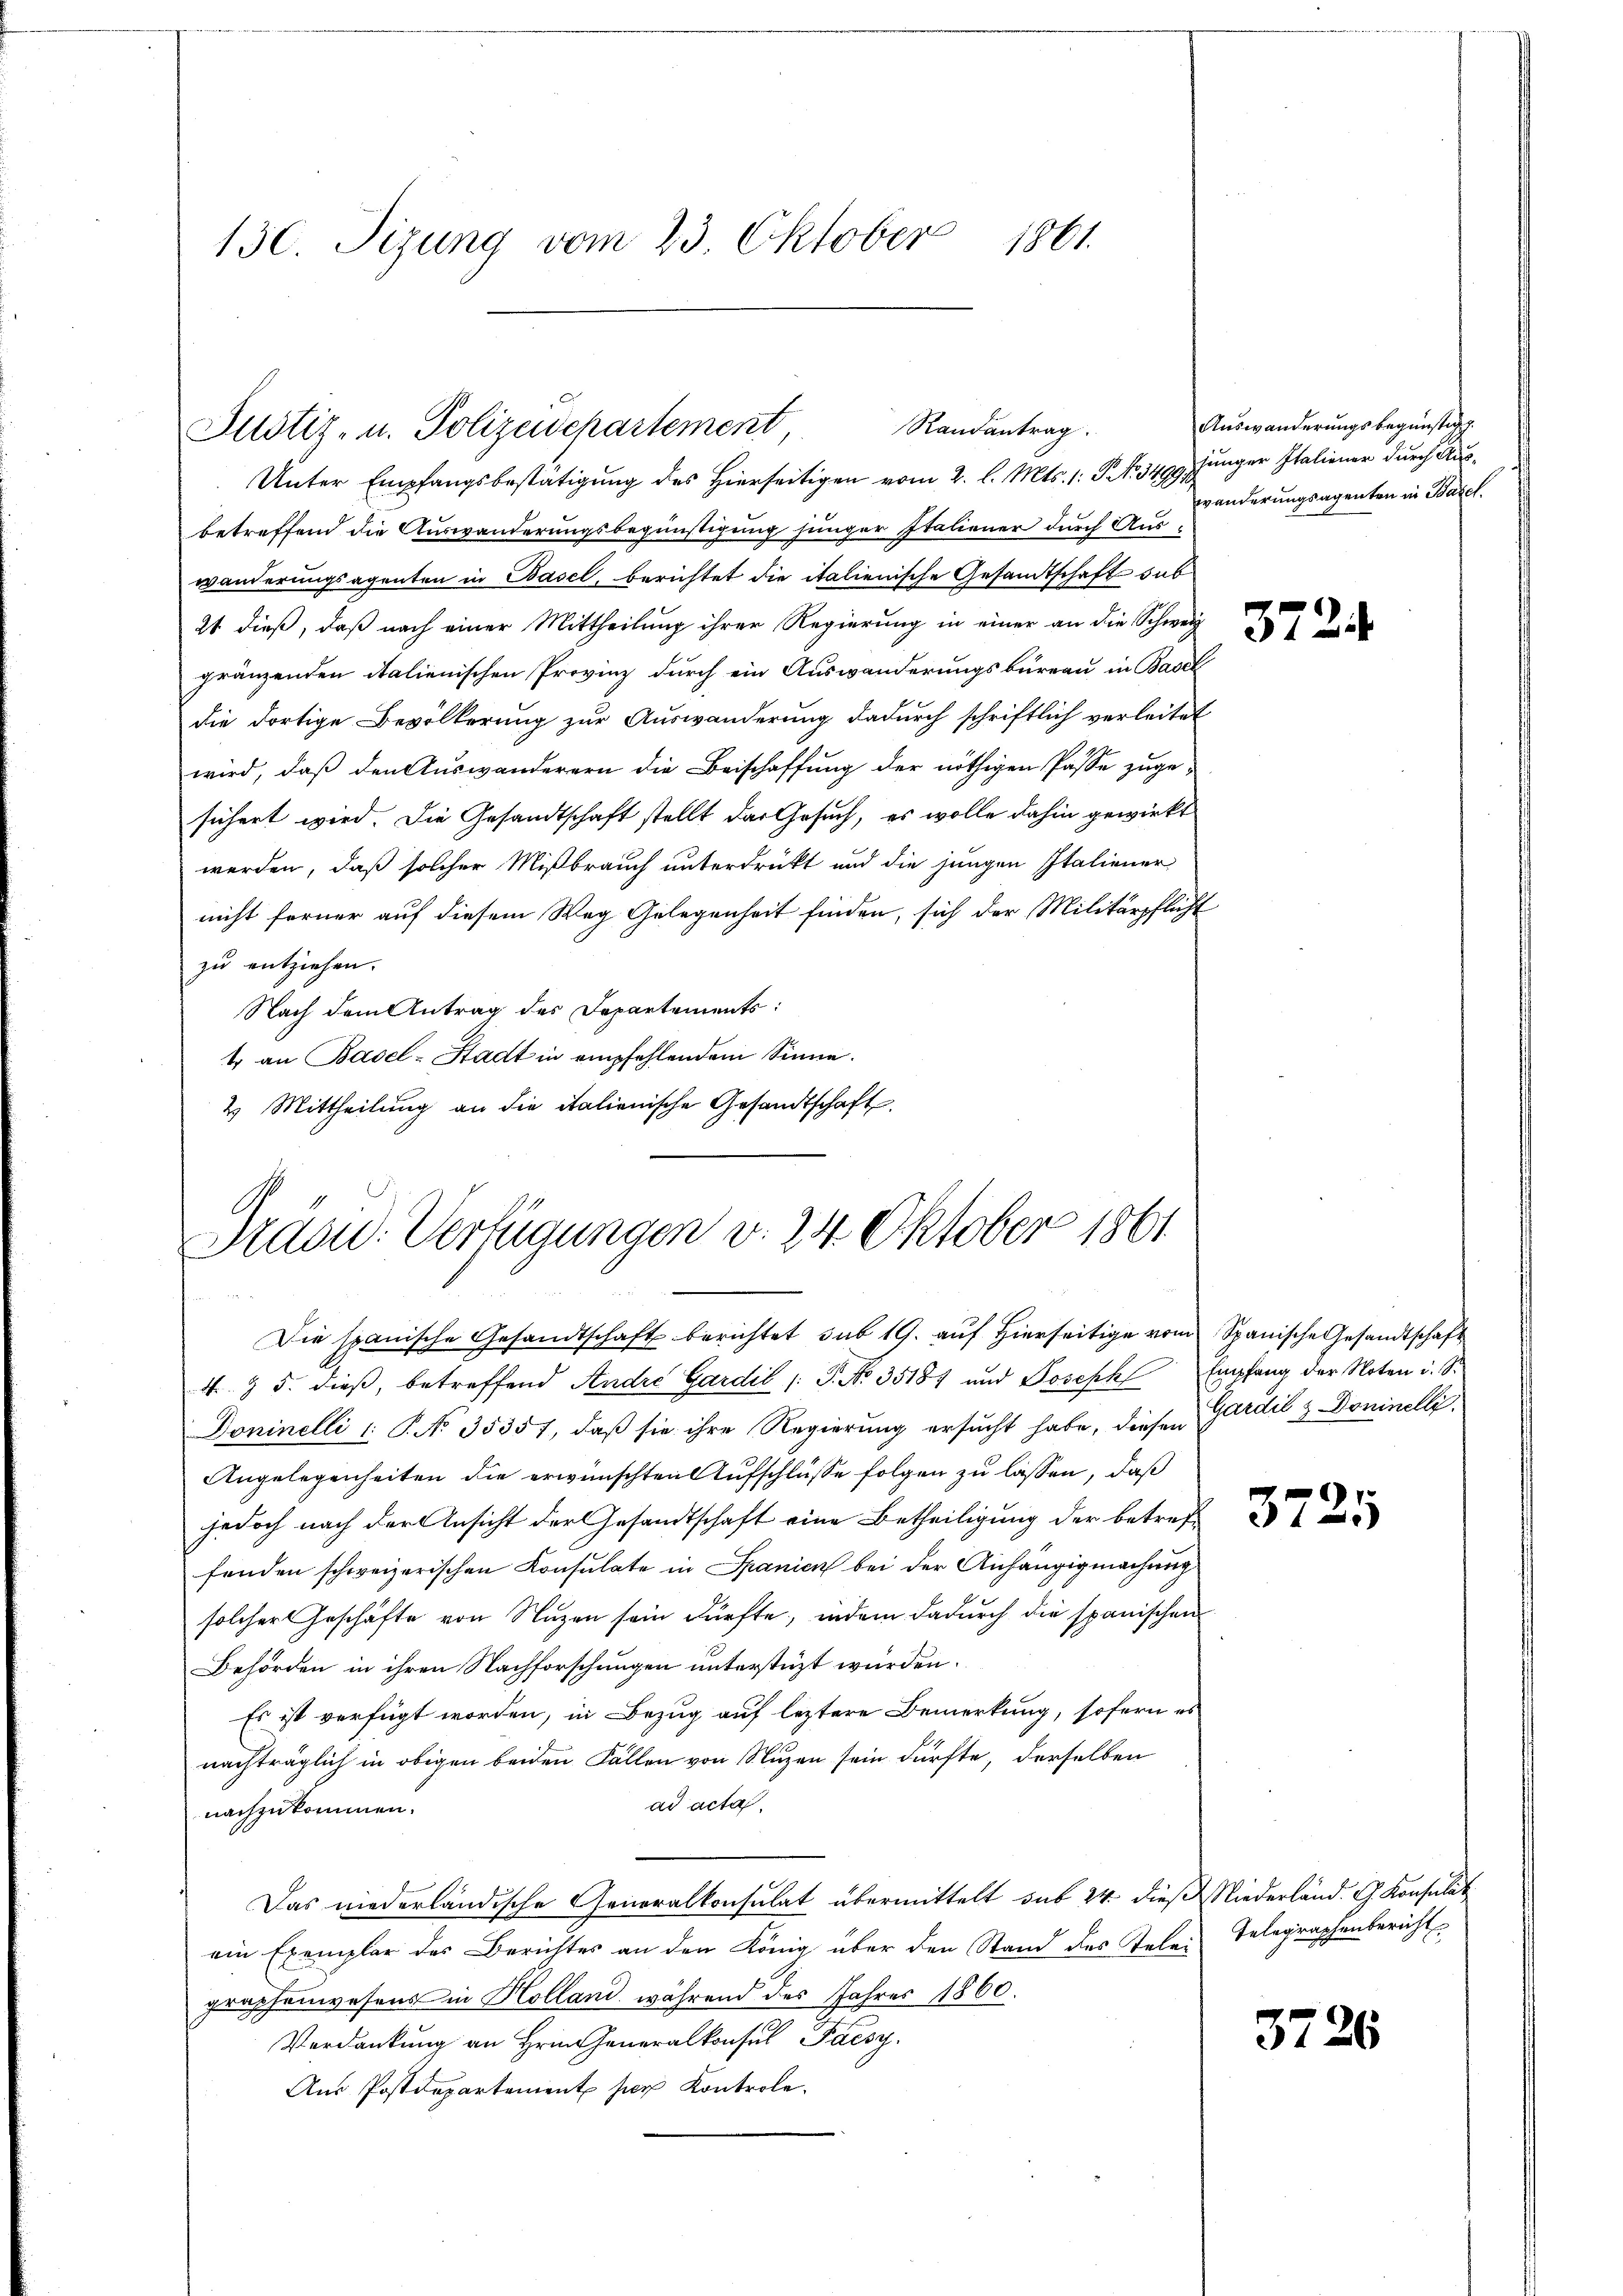
130. Sizung vom 23. Oktober 1861.

Unter Empfangsbestätigung des hierseitigen vom 2. l. Mts. 1: G No. 3499 jünger Italiener durch Ausbetreffend die Auswanderungsbegünstigung junger Italiener durch Auswänderungsagenten in Basel, berichtet die italienische Gesandtschaft dab
21 dieß, daß nach einer Mittheilung ihrer Regierung in einer an die Schweiz
gränzenden italienischen Provinz durch ein Auswanderungsbüreau in Basel
die dortige Bevölkerung zur Auswanderung dadurch schriftlich verleitet
wird, daß den Auswanderern die Beischaffung der nöthigen Pässe zugesichert wird. Die Gesandtschaft stellt das Gesuch, es wolle dahin gewirkt
werden, daß solcher Mißbrauch unterdrückt und die jungen Italiener
nicht ferner auf diesem Weg Gelegenheit finden, sich der Militärpflicht
zu entziehen.
Nach dem Antrag des Departements:
t an Basel-Stadt in empfehlendem Sinne.
4 Mittheilung an die italienische Gesandtschaft.

Randantrag.
Justiz- u. Polizeischartement,

b
Präsid. Verfügungen v. 24. Oktober 1861

Die spanische Gesandtschaft berichtet sub 19. auf hierseitige vom Spanische Gesandtschaft
4 § 5. dieß, betreffend Andre Gardil /: P. No. 35187 und Joseph Empfang der Noten u. S.
Doninelli (: P. No 35357, daß sie ihre Regierung ersucht habe, diesen Gardil & Dominelli
Angelegenheiten die erwünschten Aufschlüsse folgen zu lassen, daß
jedoch nach der Ansicht der Gesandtschaft eine Betheiligung der betreffenden schweizerischen Konsulate in Spanien bei der Anhängigmachung
solcher Geschäfte von Nuzen sein dürfte, indem dadurch die spanischen
Behörden in ihren Nachforschungen unterstüzt würden.
Es ist verfügt worden, in Bezug auf leztere Bemerkung, sofern es
nachträglich in obigen beiden Fällen von Nuzen sein dürfte, derselben
ad acta.
nachzukommen.
Das niederländische Generalkonsulat übermittelt sub 24 dieß Niederländ. G. Konsulat
ein Exemplar des Berichtes an den König über den Stand des Telei
graphenwesens in Holland, während des Jahres 1860.
Verdankung an Hrn. Generalkonsul Paesy
Aŭs Postdepartement per Kontrole.

Auswanderungsbegünstung.
wänderungsagenten in Barck.

3724

3725

Telegraphenbericht

3726